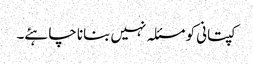
کپتانی کو مسئلہ نہیں بنانا چاہئے۔